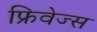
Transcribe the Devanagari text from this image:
फ्रिवेज्स